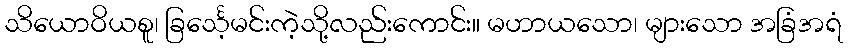
သိယောဝိယစူ၊ ခြင်္သေ့မင်းကဲ့သို့လည်းကောင်း။ မဟာယသော၊ များသော အခြံအရံ